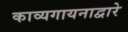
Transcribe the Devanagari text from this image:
काव्यगायनाद्वारे